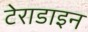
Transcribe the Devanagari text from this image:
टेराडाइन